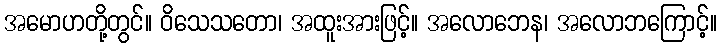
အမောဟတို့တွင်။ ဝိသေသတော၊ အထူးအားဖြင့်။ အလောဘေန၊ အလောဘကြောင့်။